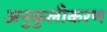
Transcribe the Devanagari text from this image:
अनुकुलीकरण